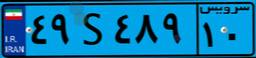
۷۰S۳۰۹۵۲